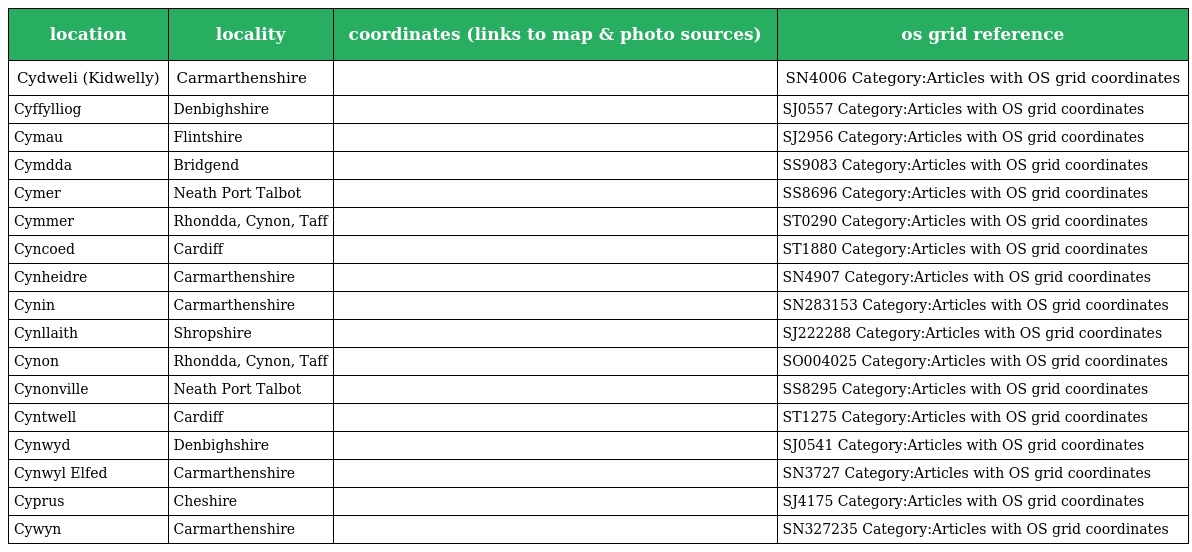
| location | locality | coordinates (links to map & photo sources) | os grid reference |
 | --- | --- | --- | --- |
 | Cydweli (Kidwelly) | Carmarthenshire |  | SN4006 Category:Articles with OS grid coordinates |
 | Cyffylliog | Denbighshire |  | SJ0557 Category:Articles with OS grid coordinates |
 | Cymau | Flintshire |  | SJ2956 Category:Articles with OS grid coordinates |
 | Cymdda | Bridgend |  | SS9083 Category:Articles with OS grid coordinates |
 | Cymer | Neath Port Talbot |  | SS8696 Category:Articles with OS grid coordinates |
 | Cymmer | Rhondda, Cynon, Taff |  | ST0290 Category:Articles with OS grid coordinates |
 | Cyncoed | Cardiff |  | ST1880 Category:Articles with OS grid coordinates |
 | Cynheidre | Carmarthenshire |  | SN4907 Category:Articles with OS grid coordinates |
 | Cynin | Carmarthenshire |  | SN283153 Category:Articles with OS grid coordinates |
 | Cynllaith | Shropshire |  | SJ222288 Category:Articles with OS grid coordinates |
 | Cynon | Rhondda, Cynon, Taff |  | SO004025 Category:Articles with OS grid coordinates |
 | Cynonville | Neath Port Talbot |  | SS8295 Category:Articles with OS grid coordinates |
 | Cyntwell | Cardiff |  | ST1275 Category:Articles with OS grid coordinates |
 | Cynwyd | Denbighshire |  | SJ0541 Category:Articles with OS grid coordinates |
 | Cynwyl Elfed | Carmarthenshire |  | SN3727 Category:Articles with OS grid coordinates |
 | Cyprus | Cheshire |  | SJ4175 Category:Articles with OS grid coordinates |
 | Cywyn | Carmarthenshire |  | SN327235 Category:Articles with OS grid coordinates |